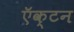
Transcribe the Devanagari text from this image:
ऍक्टन